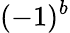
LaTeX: (-1)^{b}